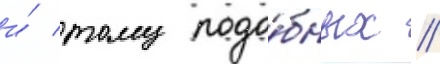
и́ тому подо́бных //